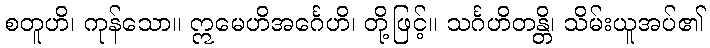
စတူဟိ၊ ကုန်သော။ ဣမေဟိအင်္ဂေဟိ၊ တို့ဖြင့်။ သင်္ဂဟိတန္တိ၊ သိမ်းယူအပ်၏